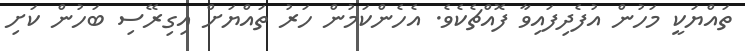
ތައްޔަކީ މަހުން އުފެދިފައިވާ ފޮއްޗެކެވެ. އެހެންކަމުން ހަރު ތައްޔަށް އިގިރޭސި ބަހުން ކަށި